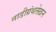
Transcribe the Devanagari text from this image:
नाडीग्रंथलेखन